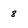
Character: 8